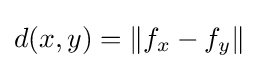
d(x,y)=\|f_{x}-f_{y}\|